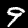
Digit: 9